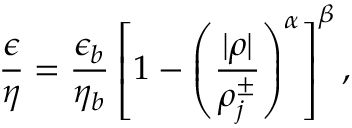
\frac { \epsilon } { \eta } = \frac { \epsilon _ { b } } { \eta _ { b } } \left[ 1 - \left( \frac { | \rho | } { \rho _ { j } ^ { \pm } } \right) ^ { \alpha } \right] ^ { \beta } ,